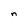
Character: n